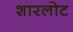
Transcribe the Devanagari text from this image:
शारलोट